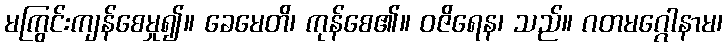
မကြွင်းကျန်စေမှု၍။ ခေမေတိ၊ ကုန်စေ၏။ ဝဇိရေန၊ သည်။ ဂတမဂ္ဂေါနာမ၊